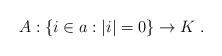
LaTeX: \begin{align*}A: \{i\in a: |i|=0\}\rightarrow K\;.\end{align*}